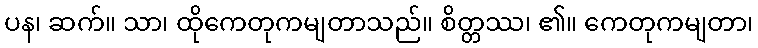
ပန၊ ဆက်။ သာ၊ ထိုကေတုကမျတာသည်။ စိတ္တဿ၊ ၏။ ကေတုကမျတာ၊